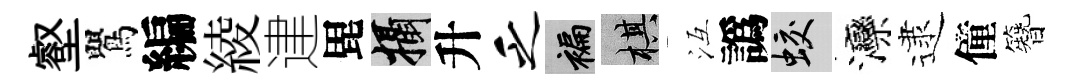
壑鸎編綾䢖毘攝升乏褊棋冱譌蛟灤逮僮簪